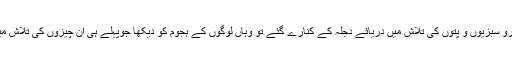
آپ خودرو سبزیوں و پتوں کی تلاش میں دریائے دجلہ کے کنارے گئے تو وہاں لوگوں کے ہجوم کو دیکھا جوپہلے ہی ان چیزوں کی تلاش میں تھے۔